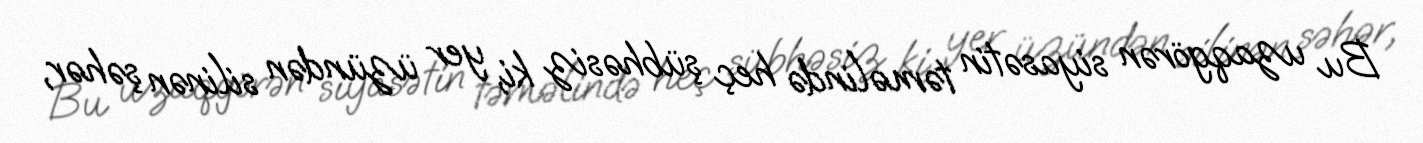
Bu uzaqgörən siyasətin təməlində heç şübhəsiz ki, yer üzündən silinən şəhər,